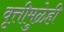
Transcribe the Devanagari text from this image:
वृत्तीमुळेही